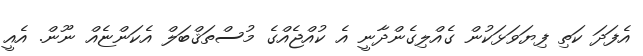
އެފަދަ ކަތި ފިޔަވަޅަކުން ގެއްލިގެންދާނީ އެ ކުއްޖެއްގެ މުސްތަޤްބަލް އެކަންޏެއް ނޫން. އެއީ